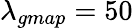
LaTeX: \lambda_{gmap}=50